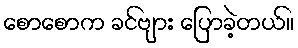
စောစောက ခင်ဗျား ပြောခဲ့တယ်။